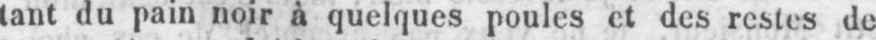
tant du pain noir à quelques poules et des restes de